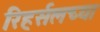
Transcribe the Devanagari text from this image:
रिहर्सलच्या